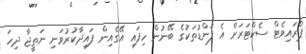
ޕްރައިވެޓް ސެކްޓަރަށް އެ ފަންޑުތަކުގެ ބޭނުން ހިފައި އޭގެއިން ފައިދާކުރުވަނި ނަތީޖާ ދިހަ